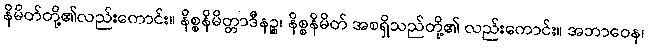
နိမိတ်တို့၏လည်းကောင်း။ နိစ္စနိမိတ္တာဒီနဉ္စ၊ နိစ္စနိမိတ် အစရှိသည်တို့၏ လည်းကောင်း။ အဘာဝေန၊